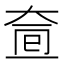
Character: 𡘟